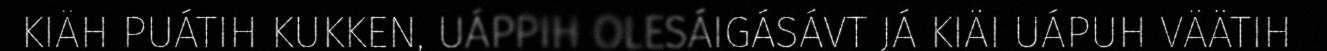
KIÄH PUÁTIH KUKKEN, UÁPPIH OLESÁIGÁSÁVT JÁ KIÄI UÁPUH VÄÄTIH